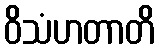
ဝိသံဟတာတိ